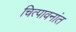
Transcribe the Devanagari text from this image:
चित्पावनांत